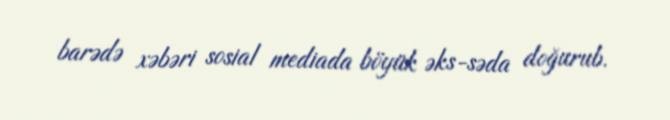
barədə xəbəri sosial mediada böyük əks-səda doğurub.